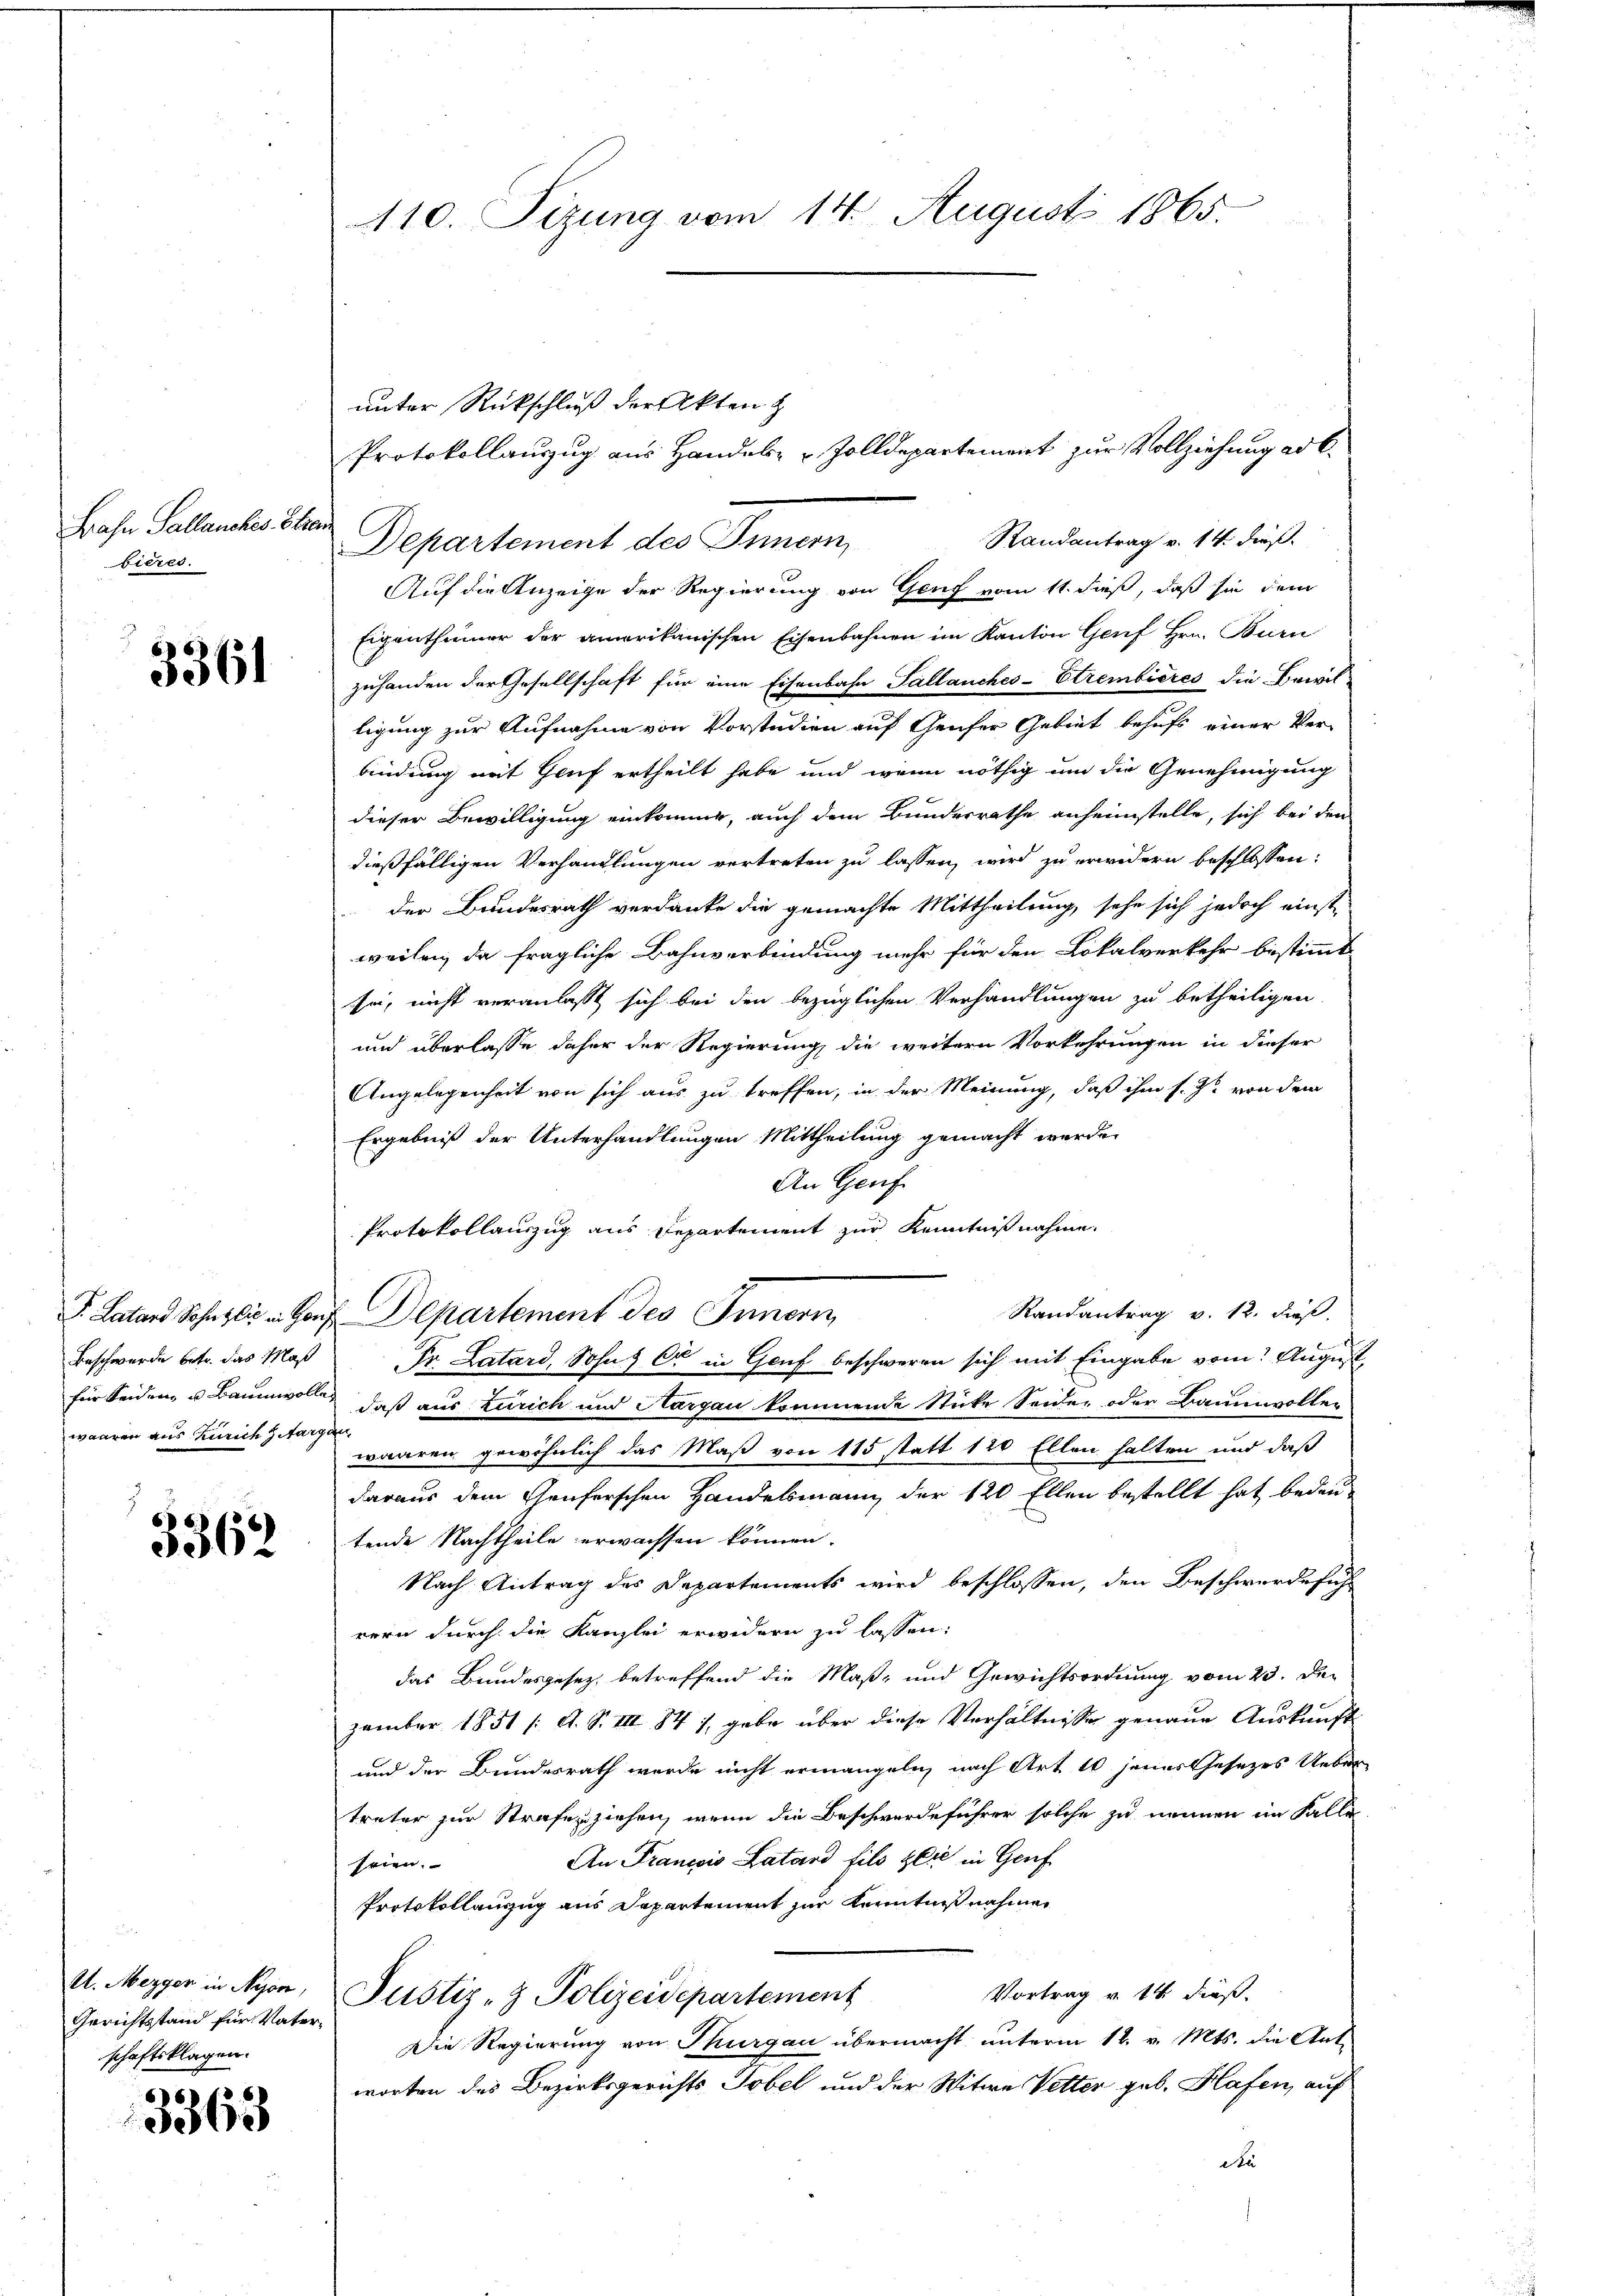
3361

3362

3363

Bahn Sallanches Sta
bieres.

waaren aus Zürich Zitargen,

Gerichtsstand für Vaterschaftsklagen.

unter Rückschluß der Akten z
Randantrag v. 14. dieß.
Departement des Innern,
Auf die Anzeige der Regierung von Genf vom 11. dieß, daß sie dem
Eigenthümer der amerikanischen Eisenbahnen im Kanton Genf Hrn. Burn
zuhanden der Gesellschaft für eine Eisenbahn Tallanches-Etrembieres die Bewil-
ligung zur Aufnahme von Vorstudien auf Genfer Gebiet behufs einer Ver-
bindung mit Gruf ertheilt habe und wenn nöthig um die Genehmigung
dieser Bewilligung einkomme, auch dem Bundesrathe anheimstelle, sich bei den
dießfälligen Verhandlungen vertreten zu lassen, wird zu erwidern beschlossen:
der Bundesrath verdanke die gemachte Mittheilung, sehe sich jedoch einste
weilen, da fragliche Bahnverbindung mehr für den Lokalverkehr bestimmt
sei, nicht veranlaßt sich bei den bezüglichen Verhandlungen zu betheiligen.
und überlasse daher der Regierung die weitern Vorkehrungen in dieser
Angelegenheit von sich aus zu treffen, in der Meinung, daß ihm s. Z. von dem
Ergebniß der Unterhandlungen Mittheilung gemacht werde.
An Gruf
Protokollauszug aus Departement zur Kenntnißnahme.
Randantrag v. 12. dieß.
I. Laters Sohnsli u. Haus Departement des Innern,
Beschwerde betr. das Maß Dr. Latard, Sohns Ca in Genf beschweren sich mit Eingabe vom August
für Seiden u Baumwolle, daß aus Zürich und Aargau kommende Stücke Seider oder Baumwoller
waaren gewöhnlich das Maß von 115 statt 120 Ellen halten und daß
daraus dem Genferschen Handelsmann der 120 Ellen bestellt hat bedeu-
tende Nachtheile erwachsen können.
Nach Antrag des Departements wird beschlossen, den Beschwerdeführ
rern durch die Kanzlei erwidern zu lassen:
das Bundesgesez betreffend die Maß- und Gewichtsordnung vom 23. Dezember 1851 /: A. S. III 84), gebe über diese Verhältnisse genaue Auskunft
und der Bundesrath werde nicht ermangeln, nach Art. 10 jener Gesezes Ueber-
treter zur Strafen ziehen, wenn die Beschwerdeführer solche zu nennen im Falle
An Francois Latand fils zeit in Genf
seien.
Protokollanzug aus Departement zur Kenntnißnahmen
U. Mezger in Nyon, Justiz- & Polizeidepartement
Vortrag v. 14. dieß.
Die Regierung von Thurgau übermacht unterm 12. v. Mts. die Ant-
worten des Bezirksgerichts Tobel und der Witwe Vetter geb. Hafen, auf
Au

410. Sizung vom 14. August 1865.

Protokollauszug aus Handels- & Zolldepartement zur Vollziehung ad b.